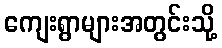
ကျေးရွာများအတွင်းသို့